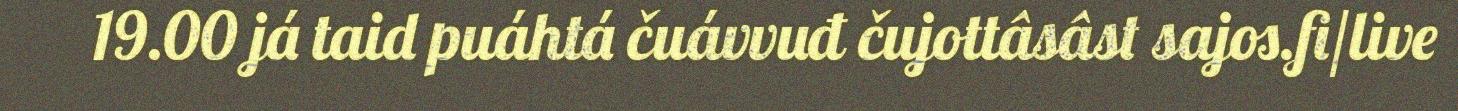
19.00 já taid puáhtá čuávvuđ čujottâsâst sajos.fi/live